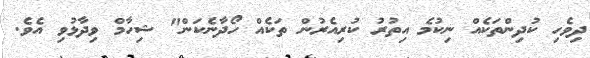
ދިވެހި ކުދިންތަކެއް ނިކުމެ އިތުރު ކުރިއެރުން ތަކެއް ހޯދާނެކަން" ޝިހާމް ވިދާޅުވި އެވެ.